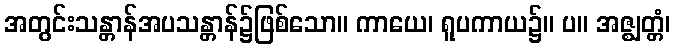
အတွင်းသန္တာန်အပသန္တာန်၌ဖြစ်သော။ ကာယေ၊ ရူပကာယ၌။ ပ။ အဇ္ဈတ္တံ၊